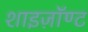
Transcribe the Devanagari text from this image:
शाइज़ॉण्ट